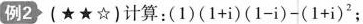
列2 (★★☆)计算：(1)$$( 1 + i ) ( 1 - i ) - ( 1 + i ) ^ { 2 }$$；